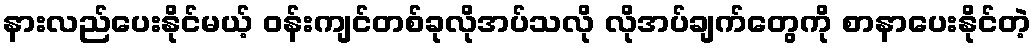
နားလည်ပေးနိုင်မယ့် ဝန်းကျင်တစ်ခုလိုအပ်သလို လိုအပ်ချက်တွေကို စာနာပေးနိုင်တဲ့